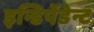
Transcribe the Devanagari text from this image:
इन्डिपेंडेन्ट